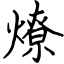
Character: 燎